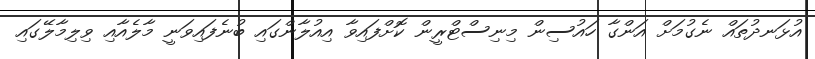
އުޅަނދުތައް ނެގުމަށް އަންގާ ހައުސިން މިނިސްޓްރީން ކޮށްފައިވާ އިއުލާންގައި ބުނެފައިވަނީ މާލެއާއި ވިލިމާލޭގައި